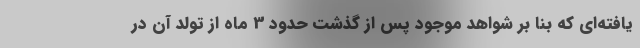
یافته‌ای که بنا بر شواهد موجود پس از گذشت حدود 3 ماه از تولد آن در